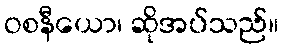
ဝစနီယော၊ ဆိုအပ်သည်။